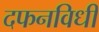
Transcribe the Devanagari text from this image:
दफनविधी